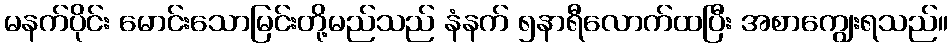
မနက်ပိုင်း မောင်းသောမြင်းတို့မည်သည် နံနက် ၅နာရီလောက်ထပြီး အစာကျွေးရသည်။